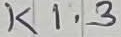
Text: K1.3